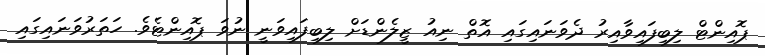
ޕޮއިންޓް ލިބިފައިވާއިރު ދެވަނައިގައި އޮތް ނިއު ޒީލެންޑަށް ލިބިފައިވަނީ ނުވަ ޕޮއިންޓެވެ. ހަތަރުވަނައިގައި